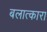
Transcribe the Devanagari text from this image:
बलात्कारा